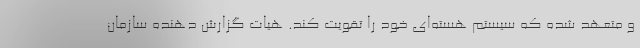
و متعهد شده که سیستم هسته‌ای خود را تقویت کند. هیات گزارش دهنده سازمان